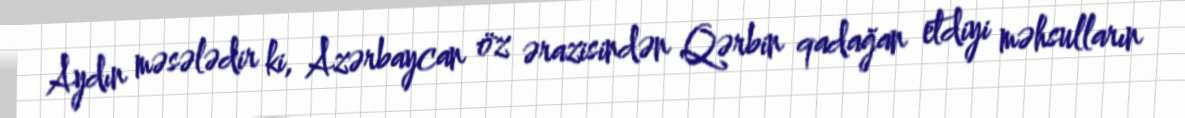
Aydın məsələdir ki, Azərbaycan öz ərazisindən Qərbin qadağan etdiyi məhsulların